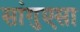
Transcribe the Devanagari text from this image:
सांगुएसा